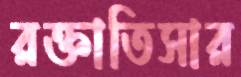
রক্তাতিসার